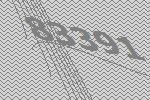
83391